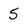
Character: 5